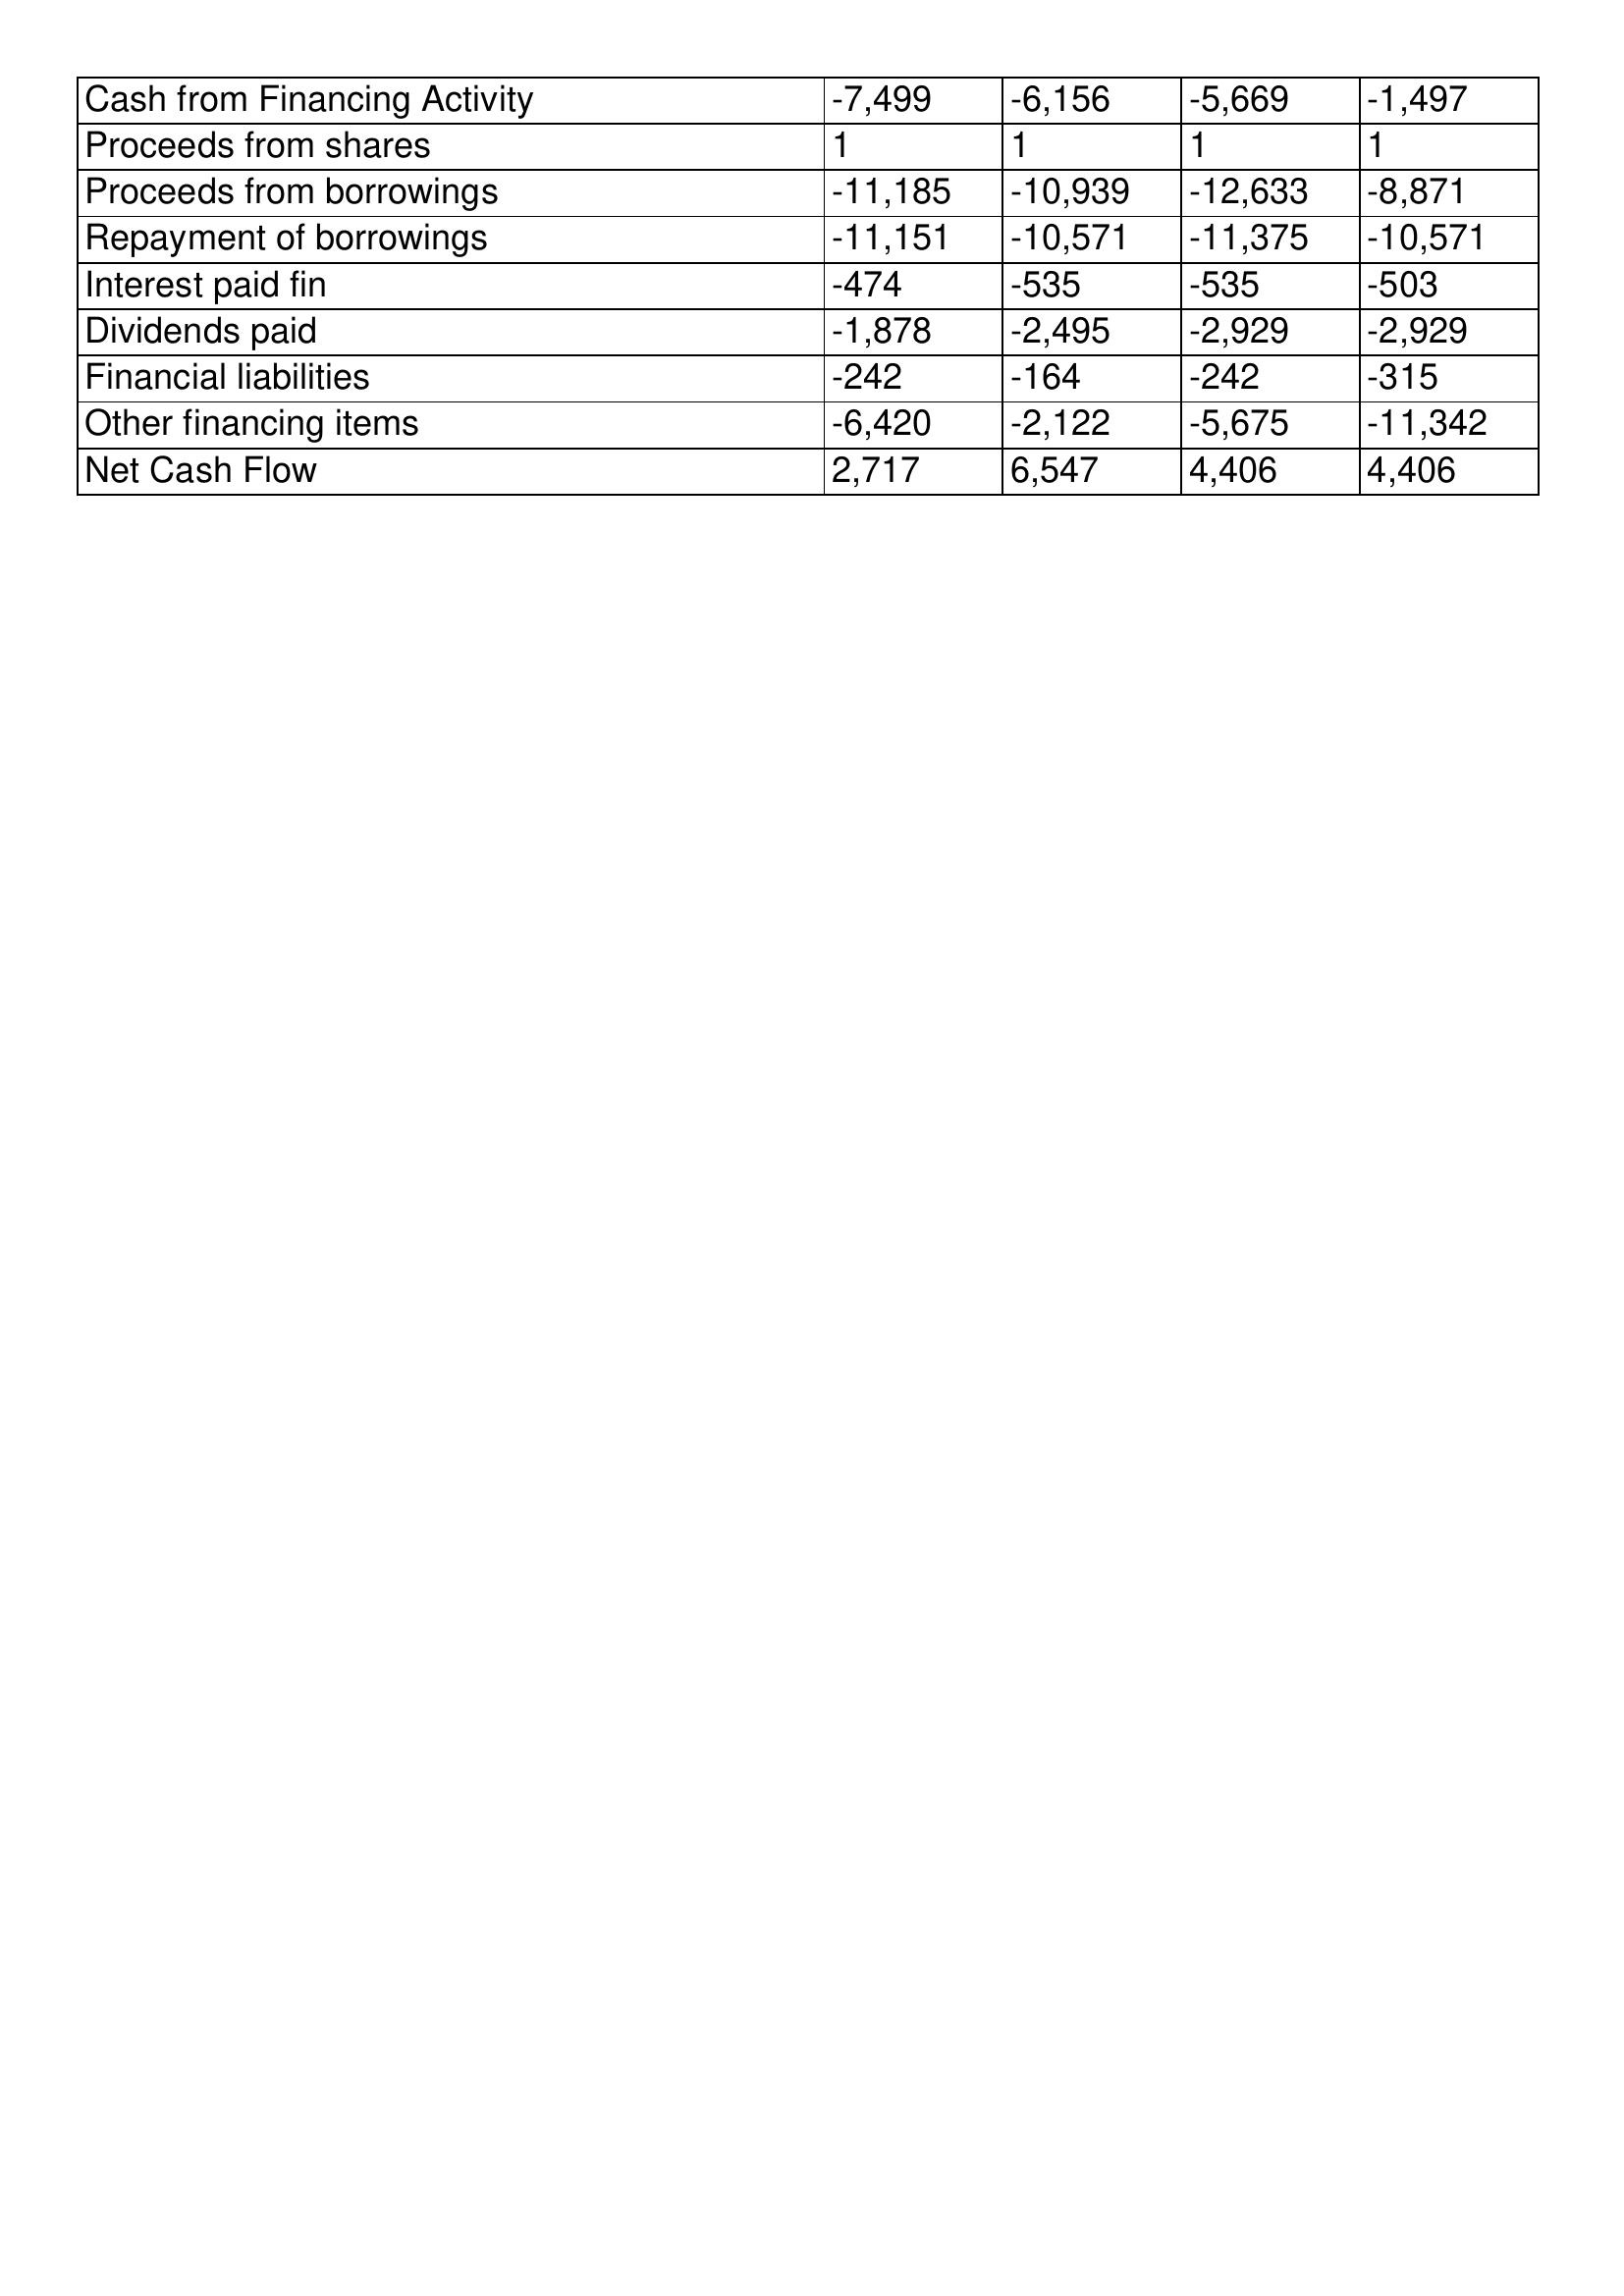
gt_parse: 2006: Cash Flows: Cash from Financing Activity: -7,499
Proceeds from shares: 1
Proceeds from borrowings: -11,185
Repayment of borrowings: -11,151
Interest paid fin: -474
Dividends paid: -1,878
Financial liabilities: -242
Other financing items: -6,420
Net Cash Flow: 2,717
2005: Cash Flows: Cash from Financing Activity: -6,156
Proceeds from shares: 1
Proceeds from borrowings: -10,939
Repayment of borrowings: -10,571
Interest paid fin: -535
Dividends paid: -2,495
Financial liabilities: -164
Other financing items: -2,122
Net Cash Flow: 6,547
2004: Cash Flows: Cash from Financing Activity: -5,669
Proceeds from shares: 1
Proceeds from borrowings: -12,633
Repayment of borrowings: -11,375
Interest paid fin: -535
Dividends paid: -2,929
Financial liabilities: -242
Other financing items: -5,675
Net Cash Flow: 4,406
2003: Cash Flows: Cash from Financing Activity: -1,497
Proceeds from shares: 1
Proceeds from borrowings: -8,871
Repayment of borrowings: -10,571
Interest paid fin: -503
Dividends paid: -2,929
Financial liabilities: -315
Other financing items: -11,342
Net Cash Flow: 4,406